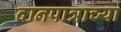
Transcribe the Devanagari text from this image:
दानपात्राच्या